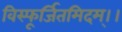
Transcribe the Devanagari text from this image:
विस्फूर्जितमिदम्।।